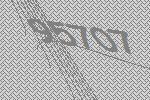
95707